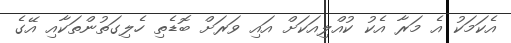
އެކަމަކު އެ މަރާ އެކު ކުއްލިއަކަށް އައި ވަރަށް ބޮޑެތި ހެލިގަތުންތަކާއި އޭގެ